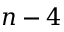
n - 4